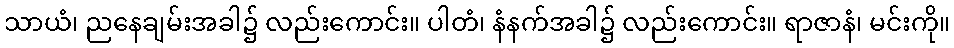
သာယံ၊ ညနေချမ်းအခါ၌ လည်းကောင်း။ ပါတံ၊ နံနက်အခါ၌ လည်းကောင်း။ ရာဇာနံ၊ မင်းကို။